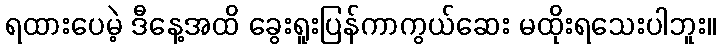
ရထားပေမဲ့ ဒီနေ့အထိ ခွေးရူးပြန်ကာကွယ်ဆေး မထိုးရသေးပါဘူး။